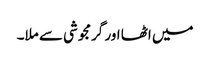
میں اٹھا اور گرمجوشی سے ملا۔